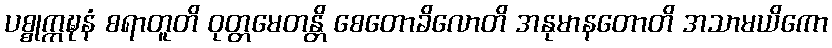
ပစ္စုက္ကဍ္ဎနံ စရာတူတိ ဝုတ္တမေတန္တိ စေတောခိလောတိ အနုမာနတောတိ အသာမယိကော